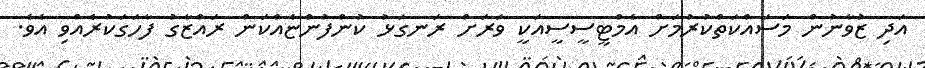
އަދި ޒުވާނުން މަސައްކަތްކުރުމަށް އެމްޓީސީސީއަކީ ވަރަށް ރަނގަޅު ކުންފުންޏެއްކަން ރައްޒާގު ފާހަގަކުރެއްވި އެވެ.